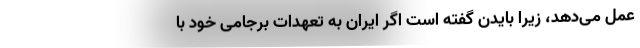
عمل می‌دهد، زیرا بایدن گفته است اگر ایران به تعهدات برجامی خود با